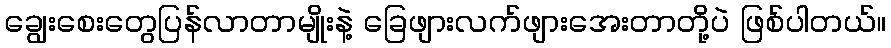
ချွေးစေးတွေပြန်လာတာမျိုးနဲ့ ခြေဖျားလက်ဖျားအေးတာတို့ပဲ ဖြစ်ပါတယ်။